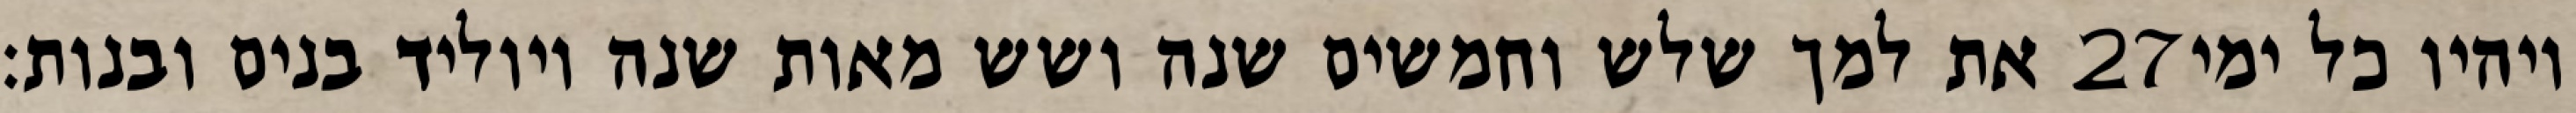
את למך שלש וחמשים שנה ושש מאות שנה ויוליד בנים ובנות׃ ‎27‏ ויהיו כל ימי